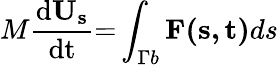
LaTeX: M\frac{{\mathrm{{d}}{{\mathbf{U}}_{\mathbf{s}}}}}{{\mathrm{{dt}}}}\mathrm{{=}}\int_{\Gamma b}{{\mathbf{F(s,t)}}ds}